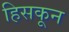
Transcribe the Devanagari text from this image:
हिसकून